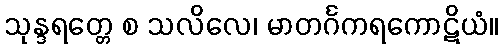
သုန္ဒရတ္တေ စ သလိလေ၊ မာတင်္ဂကရကောဋိယံ။